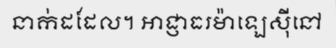
នាក់ដដែល។ អាជ្ញាធរម៉ាឡេស៊ីនៅ